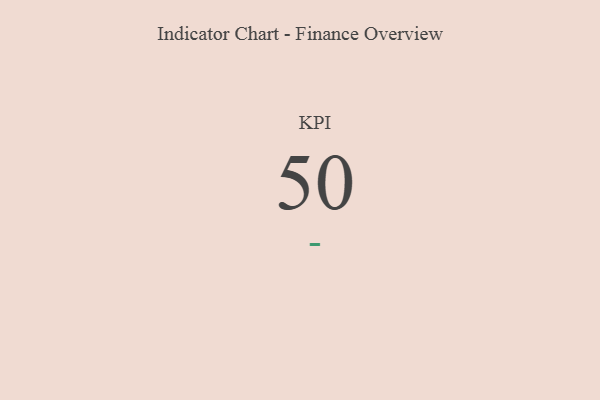
{"axis": {"x": "KPI", "y": "Value"}, "legend": [""], "data": [{"x": "KPI", "y": 50, "type": ""}]}